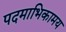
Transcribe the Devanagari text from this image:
पदमाभिकामय